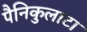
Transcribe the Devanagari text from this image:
पैनिकुलाटा